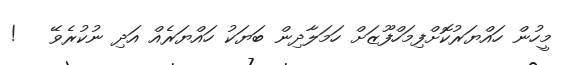
މީހުން ހައްޔަރުކޮށްފިމަހްފޫޒަށް ހަމަލާދިން ބަޔަކު ހައްޔަރެއް އަދި ނުކުރެވޭ   !